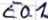
Text: E0.1